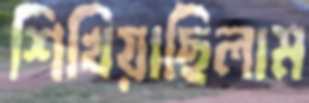
শিখিয়াছিলাম